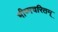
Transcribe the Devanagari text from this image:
भीष्मचरितम्